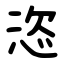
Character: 恣